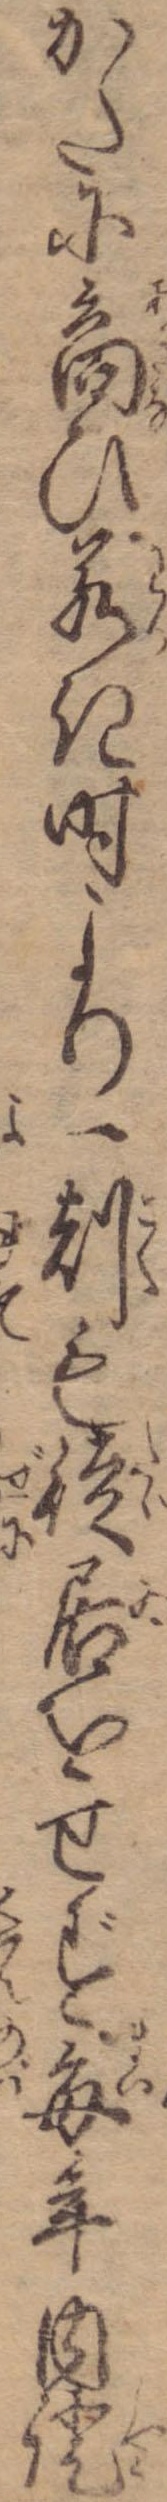
かたに商ひ若き時より一刻も徒居をせず毎年内証